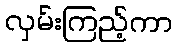
လှမ်းကြည့်ကာ